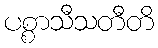
ပစ္စာသီသတီတိ